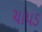
ચાપડ